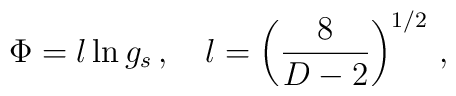
\Phi=l \ln g_s\, ,\quad l=\left(\frac{8}{D-2}\right)^{1/2}\, ,